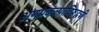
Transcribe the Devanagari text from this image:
अणुप्रकल्पाविरूद्धची